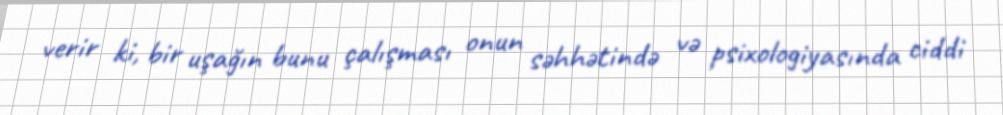
verir ki, bir uşağın bunu çalışması onun səhhətində və psixologiyasında ciddi